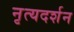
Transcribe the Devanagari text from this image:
नृत्यदर्शन